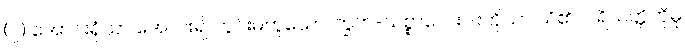
(၂) အောင်းရုံသာ အောင်း၍ တွင်းမတူသော ကြွက်-သစ္စာလေးပါးကိုသာ သိ၏။ ပရိယတ္တိကိုမူ